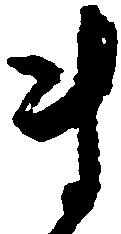
ま